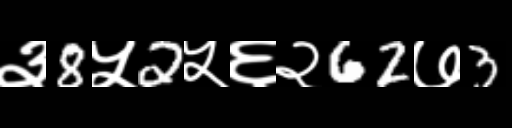
Text: ३8५2५६२62७3